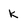
Character: k